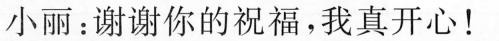
小丽：谢谢你的祝福，我真开心！